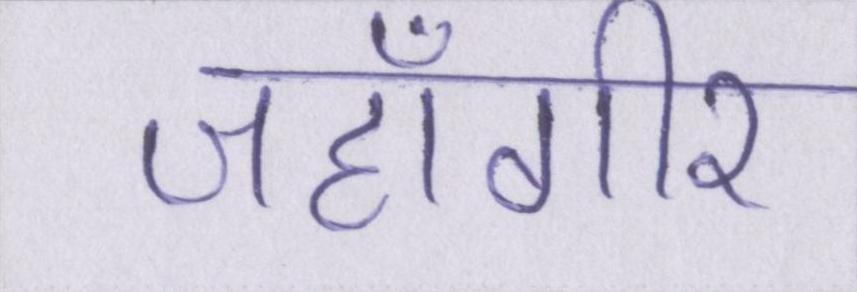
जहाँगीर